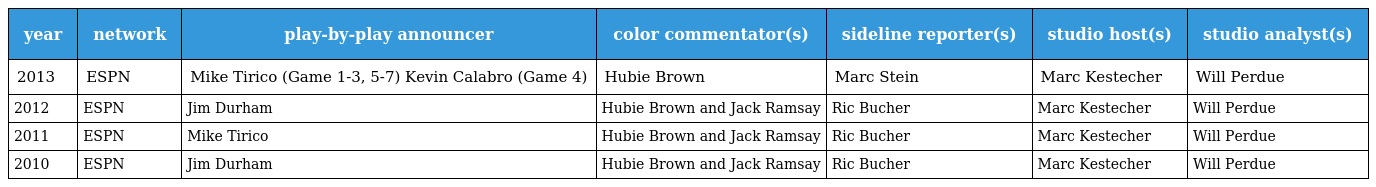
| year | network | play-by-play announcer | color commentator(s) | sideline reporter(s) | studio host(s) | studio analyst(s) |
 | --- | --- | --- | --- | --- | --- | --- |
 | 2013 | ESPN | Mike Tirico (Game 1-3, 5-7) Kevin Calabro (Game 4) | Hubie Brown | Marc Stein | Marc Kestecher | Will Perdue |
 | 2012 | ESPN | Jim Durham | Hubie Brown and Jack Ramsay | Ric Bucher | Marc Kestecher | Will Perdue |
 | 2011 | ESPN | Mike Tirico | Hubie Brown and Jack Ramsay | Ric Bucher | Marc Kestecher | Will Perdue |
 | 2010 | ESPN | Jim Durham | Hubie Brown and Jack Ramsay | Ric Bucher | Marc Kestecher | Will Perdue |